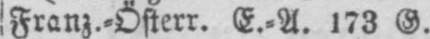
Franz.⸗Österr. E.⸗A. 173 G.